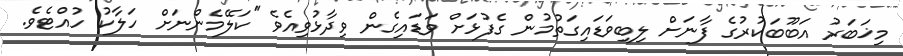
މިޚަބަރު އަބޫބަކުރުގެ ފާނަށް ލިބިވަޑައިގަތުމުން ގެފުޅަށް ވަޑައިގެން ވިދާޅުވިއެވެ ''ކަލޭމެންނަށް ހަލާކު ހުއްޓެވެ.